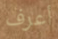
أعرف